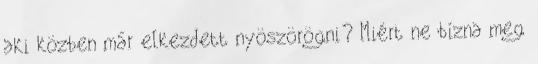
aki közben már elkezdett nyöszörögni? Miért ne bízna meg